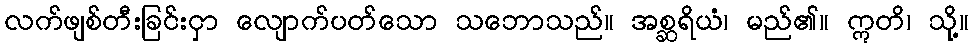
လက်ဖျစ်တီးခြင်းငှာ လျောက်ပတ်သော သဘောသည်။ အစ္ဆရိယံ၊ မည်၏။ ဣတိ၊ သို့။